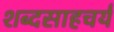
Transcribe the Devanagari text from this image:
शब्दसाहचर्य